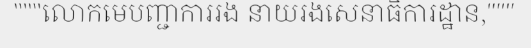
"""លោកមេបញ្ជាការរង នាយរងសេនាធិការដ្ឋាន,"""